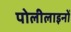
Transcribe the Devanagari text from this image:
पोलीलाइनों